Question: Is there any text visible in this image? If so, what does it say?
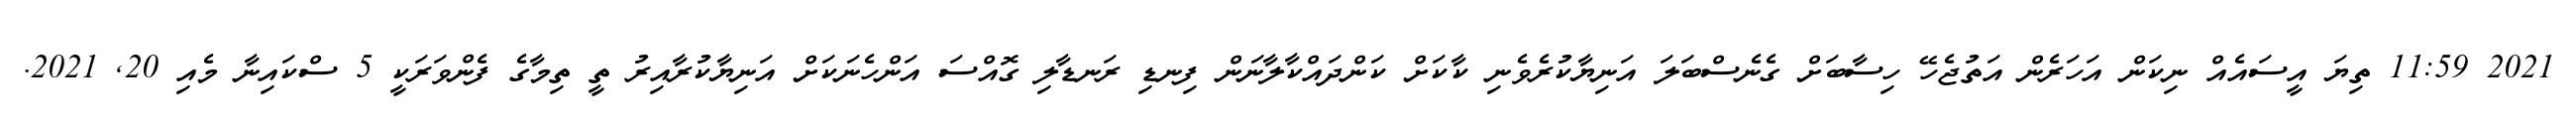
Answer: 2021 11:59 ތިޔަ އީސައެއް ނިކަން އަހަރެން އަތުޖެހޭ ހިސާބަށް ގެނެސްބަލަ އަނިޔާކުރެވެނި ކާކަށް ކަންދައްކާލާނަން ފިނޑި ރަނޑާލި ގޮއްސަ އަންހެނަކަށް އަނިޔާކުރާއިރު ތީ ތިމާގެ ފެންވަރަކީ 5 ސްކައިނާ މެއި 20, 2021.